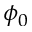
\phi _ { 0 }